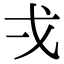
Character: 𭟮